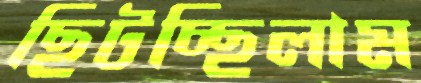
ছিটচ্ছিলাম